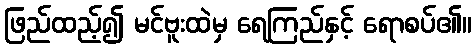
ဖြည်ထည့်၍ မင်ဗူးထဲမှ ရေကြည်နှင့် ရောစပ်၏။